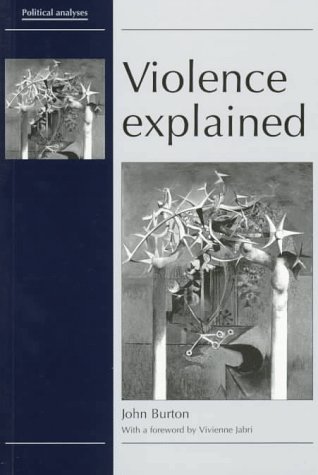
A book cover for Violence Explained (Political Analyses); John Burton; Politics & Social Sciences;